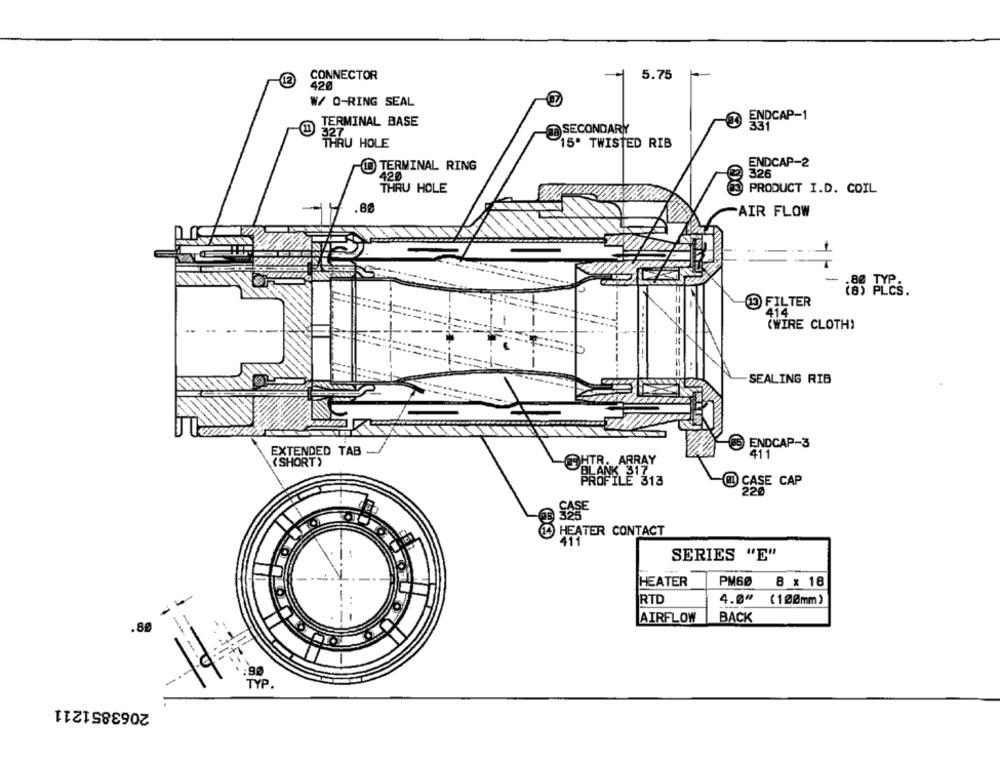
CONNECTOR
5.75
12
420
W/ O-RING SEAL
TERMINAL BASE
ENDCAP-1
Ta SECONDARY
THRU HOLE
15. TWISTED RIB
TERMINAL RING
ENDCAP-2
326
420
THRU HOLE
PRODUCT I.D. COIL
AIR FLOW
-
¿ES PLCs.
D FILTER
414
(WIRE CLOTH)
SEALING RIB
ENDCAP-3
EXTENDED TAB
411
(SHORT>
THTR. ARRAY
< 317
PROFILE 313
@ CASE CAP
220
SASE
HEATER CONTACT
SERIES "E"
HEATER
PM60 8 x 18
RTD
4.0" (100mm)
AIRFLOW
BACK
O
:90
TYP.
2063851211